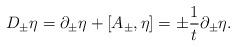
LaTeX: \begin{align*}D_\pm \eta = \partial_\pm \eta + [A_\pm, \eta] = \pm {1\over t} \partial_\pm\eta. \end{align*}